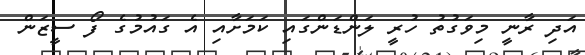
އަދި ރާނީ މިވަގުތު ހުރީ ލަންޑަންގައި ކަމަށާއި އެ ގައުމުގެ ފޯ ސީޒަން